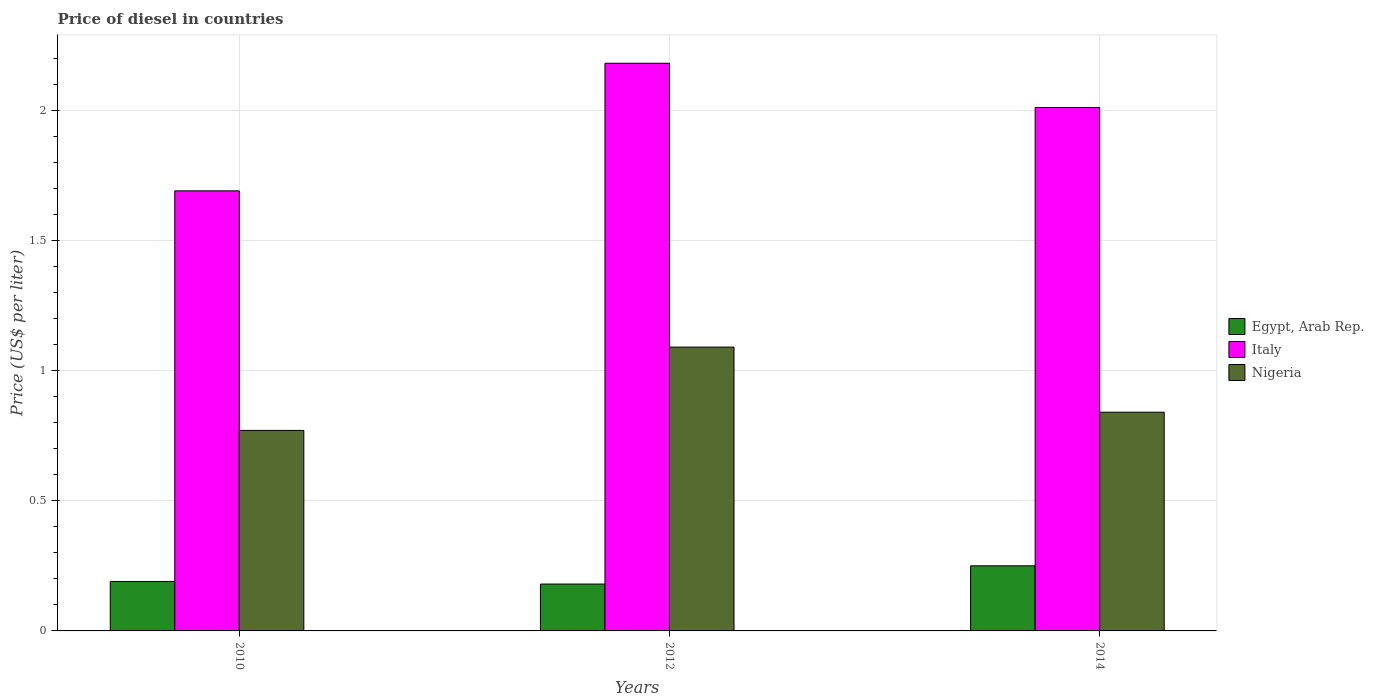
| Years | Egypt, Arab Rep. | Italy | Nigeria |
 | --- | --- | --- | --- |
 | 2010 | 0.19 | 1.69 | 0.77 |
 | 2012 | 0.18 | 2.18 | 1.09 |
 | 2014 | 0.25 | 2.01 | 0.84 |